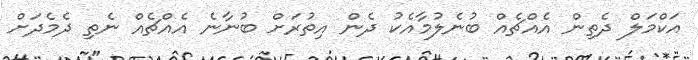
އަކްމަލް ދެތިން އެއްޗެއް ބުނެލުމާއެކު ދެން އިތުރަށް ބުނާނެ އެއްޗެއް ނެތި ދެމެދަށް